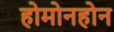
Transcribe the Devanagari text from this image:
होमोनहोन